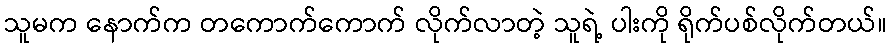
သူမက နောက်က တကောက်ကောက် လိုက်လာတဲ့ သူရဲ့ ပါးကို ရိုက်ပစ်လိုက်တယ်။